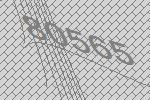
80565